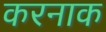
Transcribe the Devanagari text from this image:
करनाक